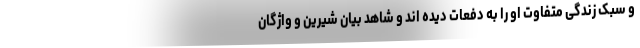
و سبک زندگی متفاوت او را به دفعات دیده اند و شاهد بیان شیرین و واژگان